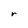
Character: r